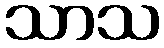
သာသ